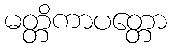
မတ္တိကာပတ္တော